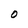
Character: O